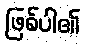
ဖြစ်ပါ၏